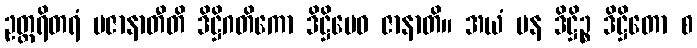
ဥတ္တရိတရံ ပဇာနာတီတိ ဒိဋ္ဌိဂတိကော ဒိဋ္ဌိမေဝ ဇာနာတိ။ အယံ ပန ဒိဋ္ဌိဉ္စ ဒိဋ္ဌိတော စ